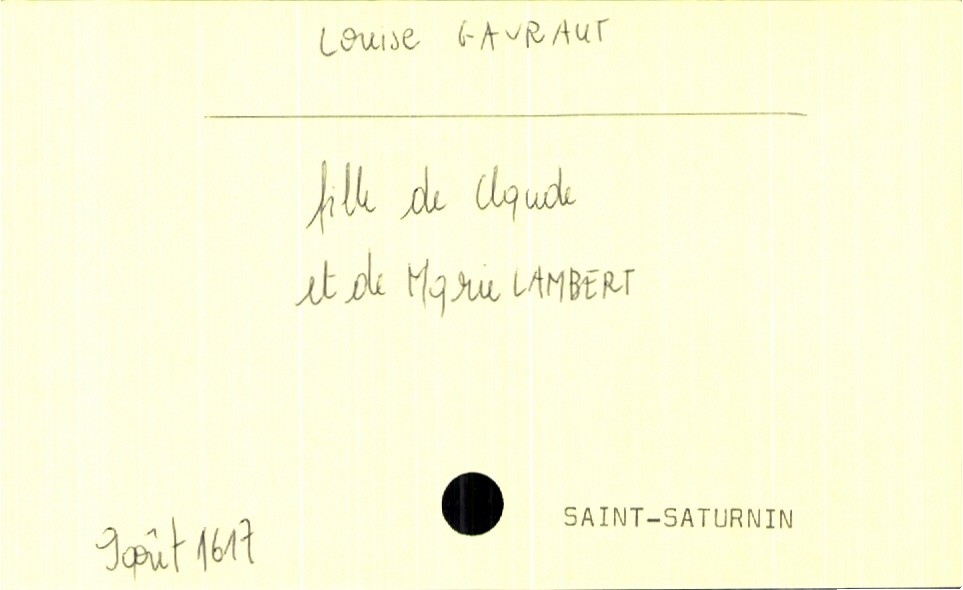
type_acte: Baptême
filiation: fille
enfant_prénom: Louise
enfant_date_de_naissance: 9 août 1617
enfant_lieu_de_naissance: Saint-Saturnin
père_enfant_nom: Gavraut
père_enfant_prénom: Claude
mère_enfant_nom: Lambert
mère_enfant_prénom: Marie